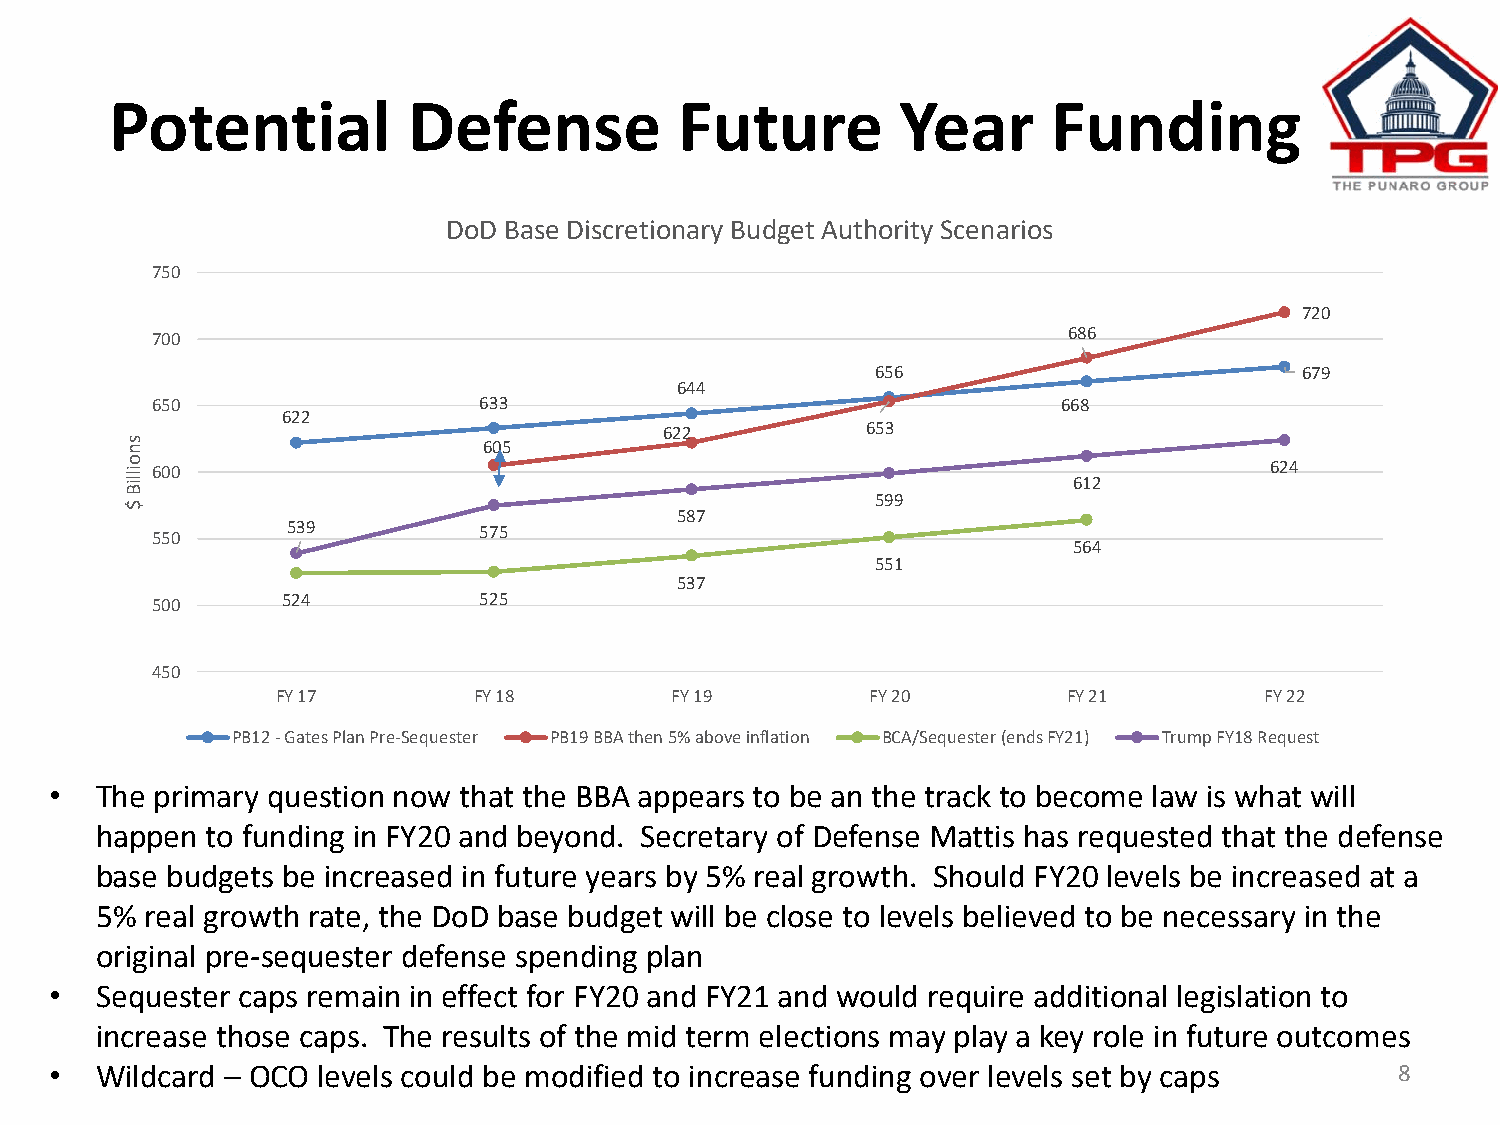
Potential           Defense           Future         Year      Funding
 DoD Base Discretionary Budget Authority Scenarios
 750
 720
 700                                                          686
 656                         679
 644
 650                   633                                   668
 622
 622          653
 s n                     605
 o illiB 600
 612
 624
 $
 599
 587
 550      539          575
 564
 551
 537
 500      524          525
 450
 FY 17        FY 18        FY 19         FY 20        FY 21        FY 22
 PB12 - Gates Plan Pre-Sequester PB19 BBA then 5% above inflation BCA/Sequester (ends FY21) Trump FY18 Request
 •  The primary question now that the BBA appears to be an the track to become law is what will
 happen  to funding in FY20 and beyond. Secretary of Defense Mattis has requested that the defense
 base budgets be increased in future years by 5% real growth. Should FY20 levels be increased at a
 5%  real growth rate, the DoD base budget will be close to levels believed to be necessary in the
 original pre-sequester defense spending plan
 •  Sequester caps remain in effect for FY20 and FY21 and would require additional legislation to
 increase those caps. The results of the mid term elections may play a key role in future outcomes
 •  Wildcard – OCO levels could be modified to increase funding over levels set by caps    8